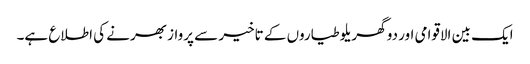
ایک بین الاقوامی اور دو گھریلو طیاروں کے تاخیر سے پرواز بھرنے کی اطلاع ہے۔